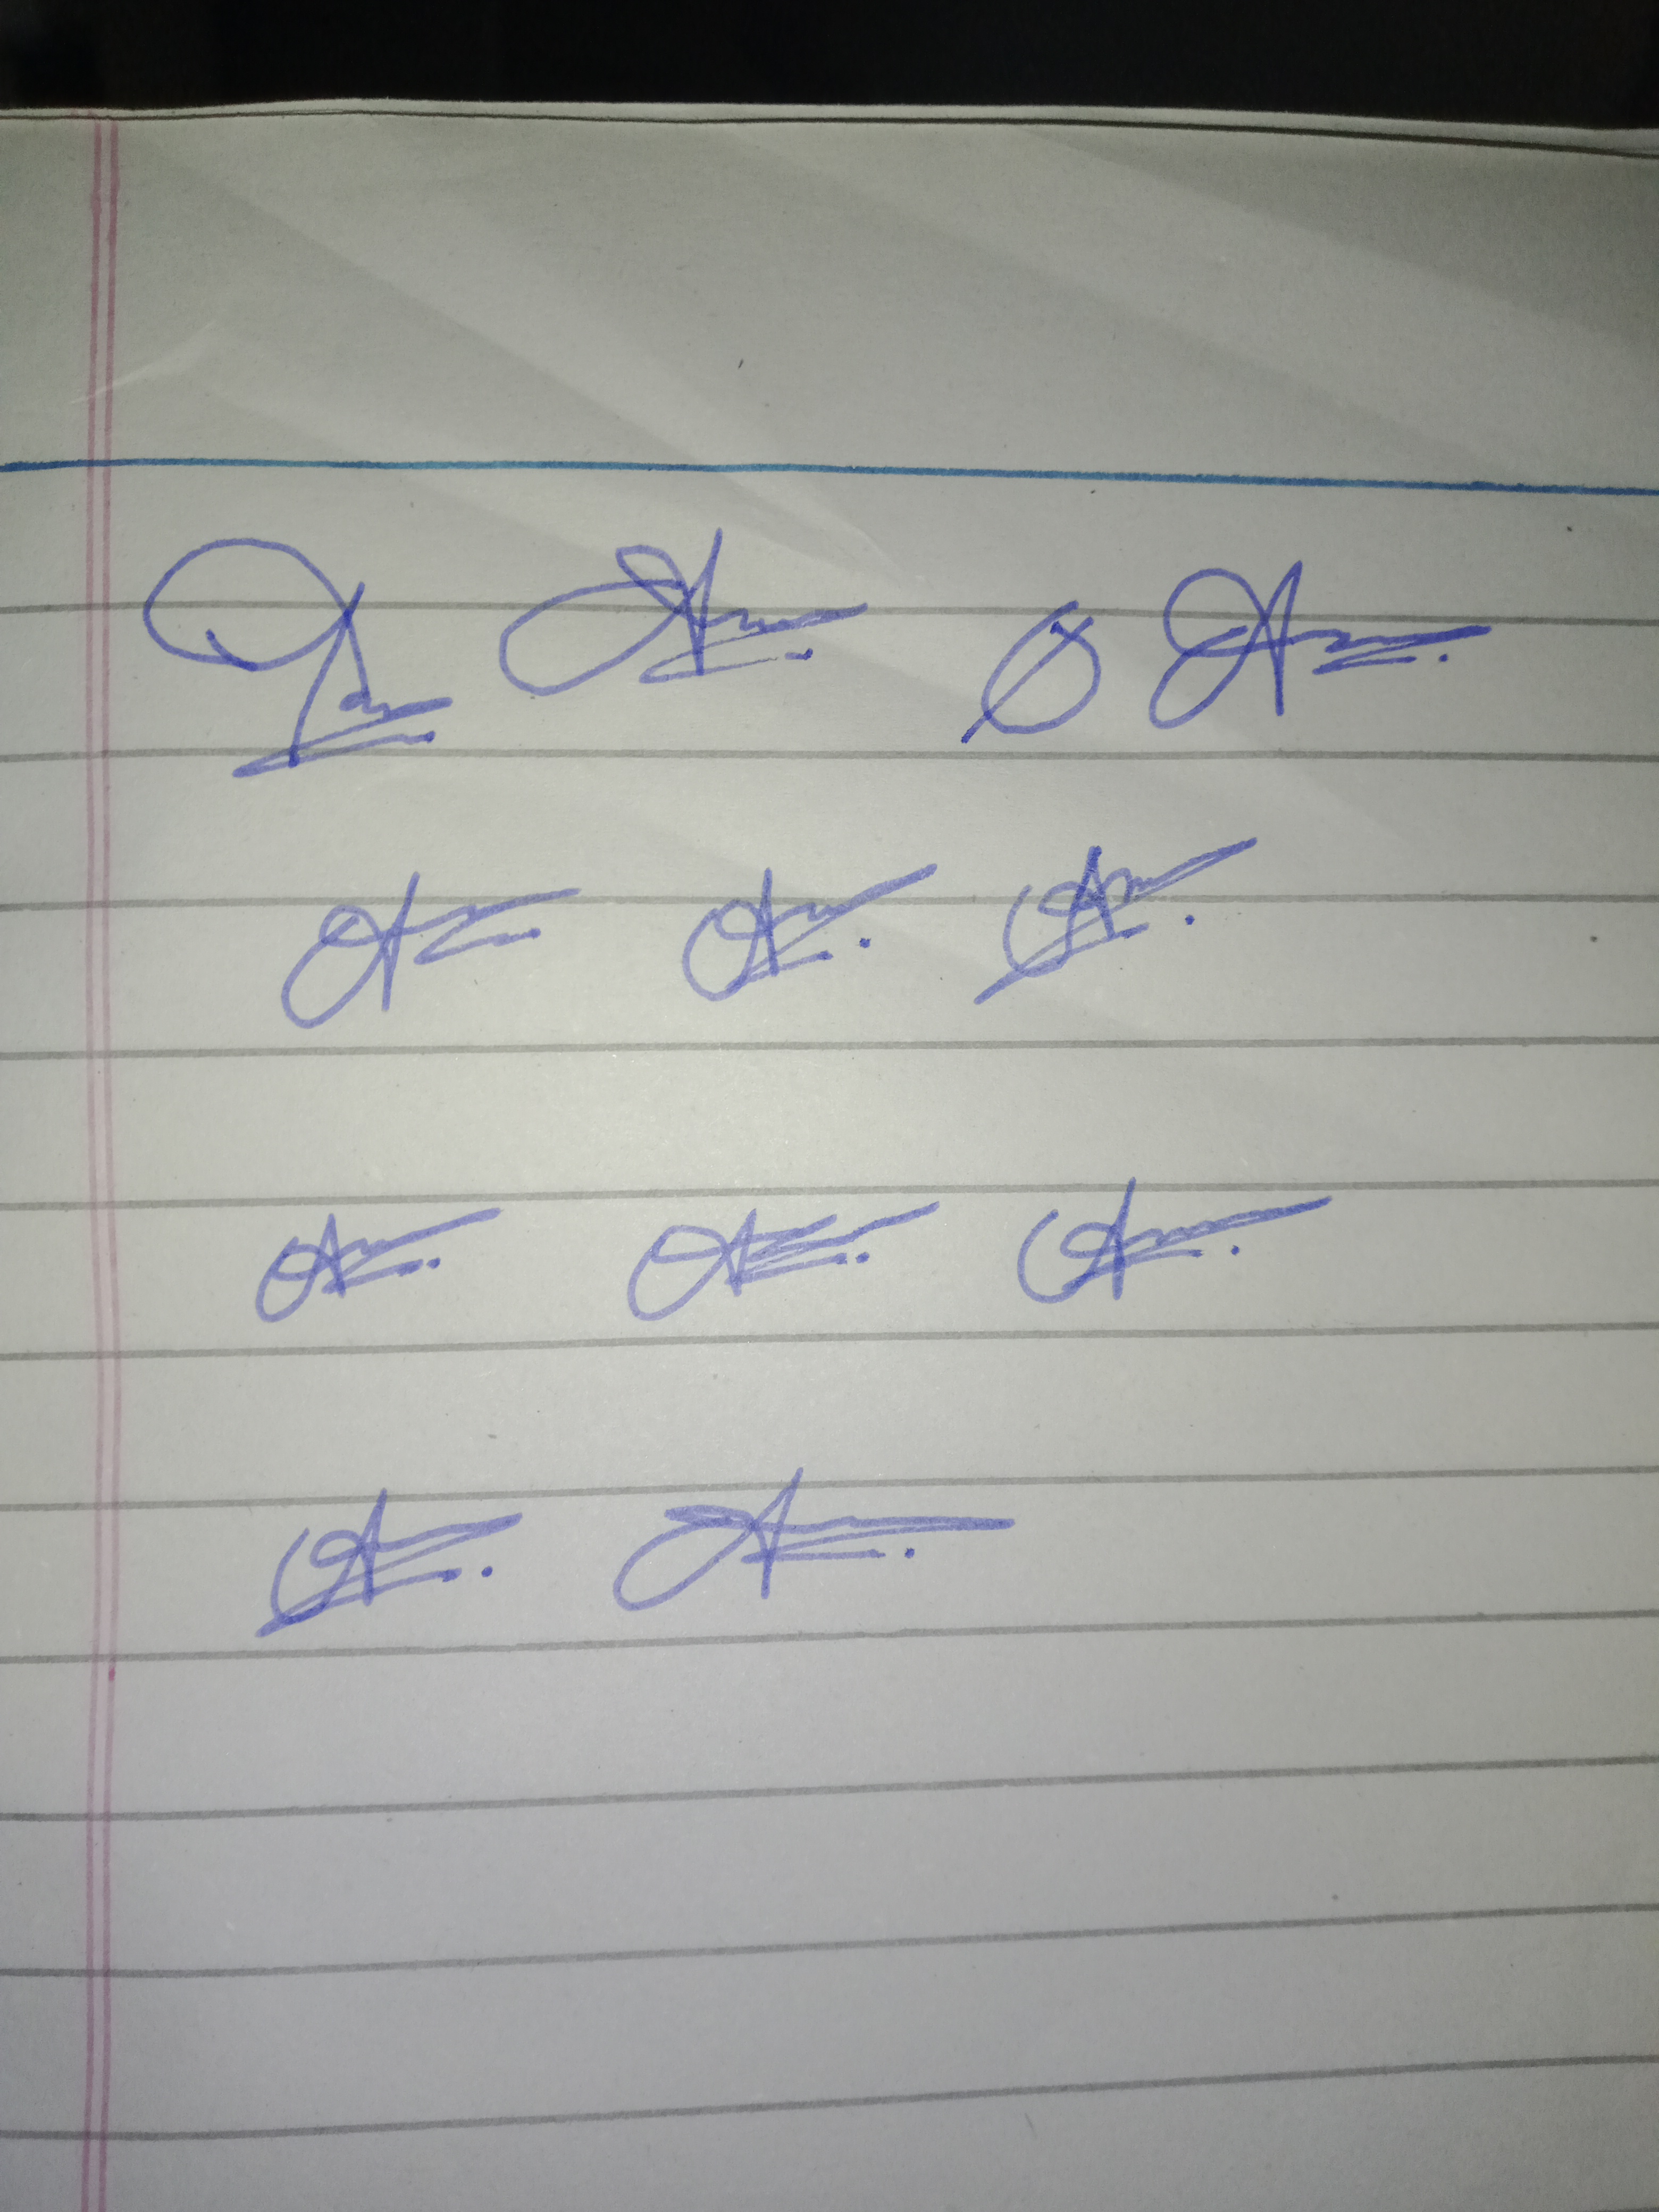
Signature authenticity: forged